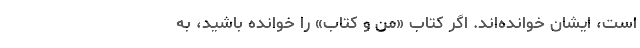
است، ‌ایشان خوانده‌اند. اگر کتاب «من و کتاب» را خوانده باشید، به